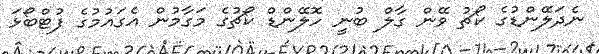
ނެދަލޭންޑުގެ ކޯޗު ވޭން ގާލް ބުނީ ހޮލޭންޑް ކޯޗުގެ މަގާމުން އެގައުމުގެ ފުޓްބޯޅަ